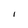
Character: I